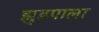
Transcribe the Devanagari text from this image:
झुडपाला